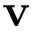
\textbf { v }